system: You are a helpful assistant.
user:
Analyze the provided spectrum to determine if it is a **M-type Giant (gM)**.

A M-type Giant spectrum is defined by its **strong molecular absorption** features, particularly from **Titanium Oxide (TiO)**. You must check for one of the following mutually exclusive signatures:

- **Key Visual Indicators (Absorption-Dominated Spectrum):**

    - **(Primary):** The spectrum is dominated by strong molecular absorption from **Titanium Oxide (TiO)**. This is the **defining feature** of its M-type temperature class.
        - **(Key Bandheads):** Look for sharp, "saw-tooth" absorption valleys. The strongest are located near **~7050 Å**, **~6160 Å**, and **~5170 Å**.
        - **(Line Profile):** The "saw-tooth" morphology is critical: a **sharp, steep drop on the BLUE (short-wavelength) side** of the bandhead, followed by a gradual recovery (rising flux) towards the RED (long-wavelength) side.

    - **(Key Confirmation - Giant vs. Dwarf):** **ABSENCE** of strong **Calcium Hydride (CaH)** molecular bands. This is the primary diagnostic for *excluding* M-dwarfs.
        - **(Key Region):** The spectrum should lack the strong, broad absorption band seen in dwarfs between **~6800 Å and ~7000 Å**.

    - **(Secondary Confirmation - Giant):** A very strong and broad **Neutral Calcium (Ca I)** atomic absorption line.
        - **(Key Line):** Located at **~4226 Å**. In a giant (gM), this line is significantly deeper and broader than the same line in an M-dwarf (dM) due to low surface gravity.

    - **(Overall Spectrum):**
        - The continuum is **extremely red-sloping** (i.e., flux is very low in the blue and rises dramatically towards the red).
        - The entire spectrum appears "chopped up" by the deep TiO bands.

Think first, call **spectral_visualization_tool** if needed to examine features in detail, then provide your final answer. Your response must adhere to the following strict rules:
1.  **Overall Structure:** Your response must follow the format `<think>...</think> <tool_call>...</tool_call> (if a tool is used) <answer>...</answer>`.
2.  **Tool Usage Constraint:** You may only make **one** tool call per turn.
3.  **Final Answer Format:** In the `<answer>` tag, your conclusion must be inside a `\boxed{}` command (e.g., `\boxed{YES}` or `\boxed{NO}`), followed by your justification.

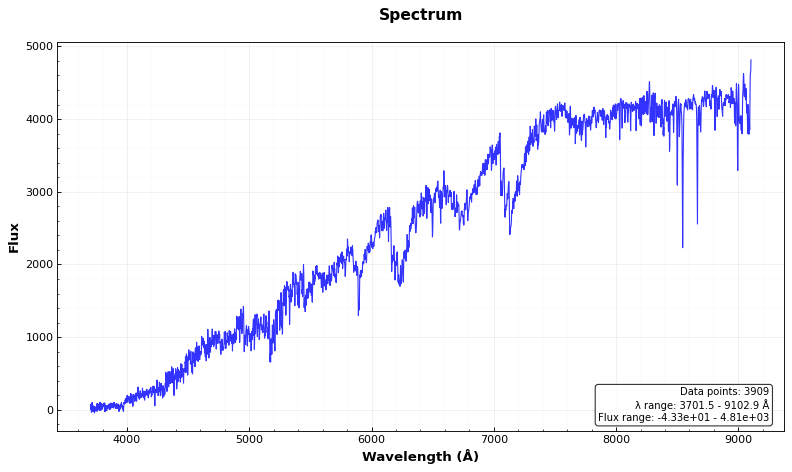
Answer: YES